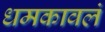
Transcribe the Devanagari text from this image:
धमकावलं